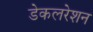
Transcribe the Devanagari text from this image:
डेकलरेशन